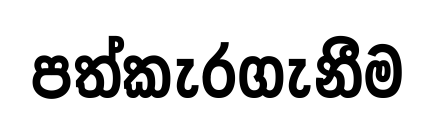
පත්කැරගැනීම